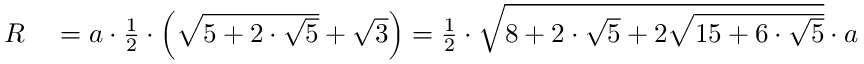
\begin{array} { r l } { R } & { { } = a \cdot { \frac { 1 } { 2 } } \cdot \left( { \sqrt { 5 + 2 \cdot { \sqrt { 5 } } } } + { \sqrt { 3 } } \right) = { \frac { 1 } { 2 } } \cdot { \sqrt { 8 + 2 \cdot { \sqrt { 5 } } + 2 { \sqrt { 1 5 + 6 \cdot { \sqrt { 5 } } } } } } \cdot a } \end{array}